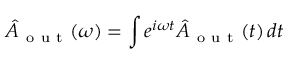
\hat { A } _ { \mathrm { ~ o ~ u ~ t ~ } } ( \omega ) = \int e ^ { i \omega t } \hat { A } _ { \mathrm { ~ o ~ u ~ t ~ } } ( t ) \, d t